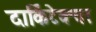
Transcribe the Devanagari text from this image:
दार्किटेक्चर